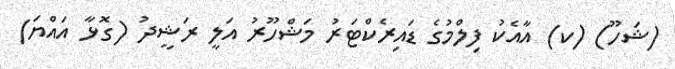
(ޝަހޫ) (ކ) އާއެކު ފިލްމުގެ ޑައިރެކްޓަރު މަޝްހޫރު އަލީ ރަޝީދު (ގޮޅާ އައްޔަ)